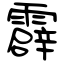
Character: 霹